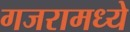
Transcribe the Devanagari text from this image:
गजरामध्ये